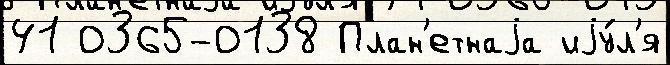
41 0365-0138 План'етнаjа иjу́л'я